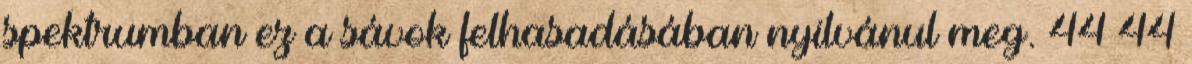
spektrumban ez a sávok felhasadásában nyilvánul meg. 44 44